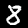
Digit: 8